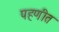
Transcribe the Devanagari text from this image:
पहणीत